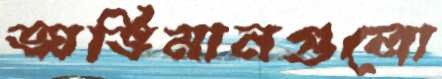
অভিমানগুলো